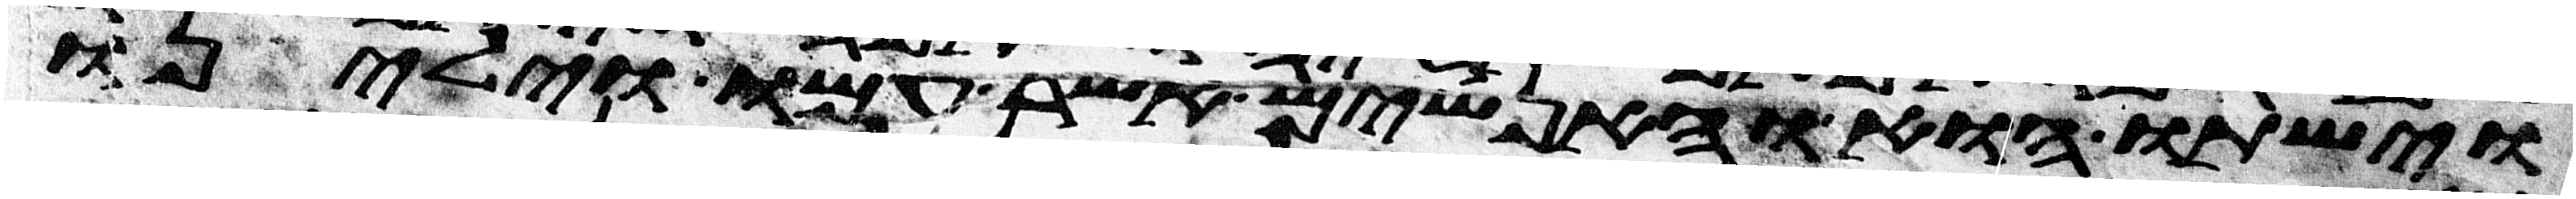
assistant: וישתו הוא והאנשים אשר עמו וילינו